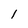
Character: 1